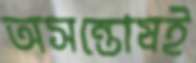
অসন্তোষই